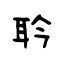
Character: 耹